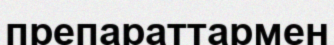
препараттармен